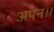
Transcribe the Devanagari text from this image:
अपन।।